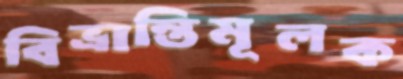
বিভ্রান্তিমূলক